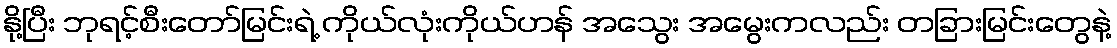
နို့ပြီး ဘုရင့်စီးတော်မြင်းရဲ့ ကိုယ်လုံးကိုယ်ဟန် အသွေး အမွေးကလည်း တခြားမြင်းတွေနဲ့